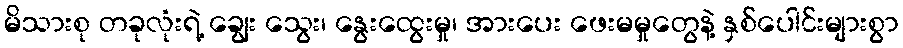
မိသားစု တခုလုံးရဲ့ ချွေး သွေး၊ နွေးထွေးမှု၊ အားပေး ဖေးမမှုတွေနဲ့ နှစ်ပေါင်းများစွာ